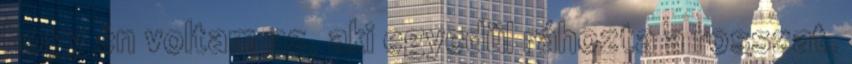
hogy én voltam az, aki egyedül ráhozta a rosszat.